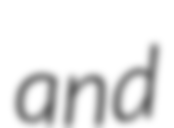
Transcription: and